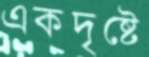
একদৃষ্টে